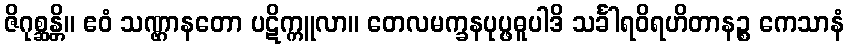
ဇိဂုစ္ဆန္တိ။ ဧဝံ သဏ္ဌာနတော ပဋိက္ကူလာ။ တေလမက္ခနပုပ္ဖဓူပါဒိ သင်္ခါရဝိရဟိတာနဉ္စ ကေသာနံ